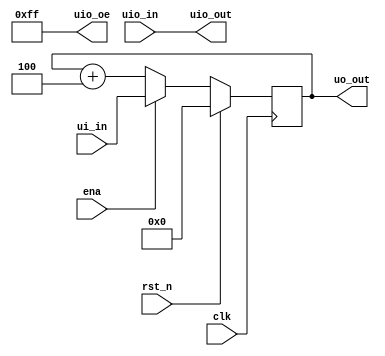
module tt_um_ProgramCounter(

	input  wire [7:0] ui_in,    // Dedicated inputs - connected to the input switches
   	output wire [7:0] uo_out,   // Dedicated outputs - connected to the 7 segment display
    	input  wire [7:0] uio_in,   // IOs: Bidirectional Input path
    	output wire [7:0] uio_out,  // IOs: Bidirectional Output path
    	output wire [7:0] uio_oe,   // IOs: Bidirectional Enable path (active high: 0=input, 1=output)
    	input  wire       ena,      // will go high when the design is enabled
    	input  wire       clk,      // clock
	input  wire       rst_n );     // reset_n - low to reset

	assign uio_oe = 8'b11111111;
	assign uio_out = uio_in;

	reg  [7:0] PC;
	
	initial begin
		PC = 8'h00;
	end

	always @(posedge clk)
    	begin
		if (rst_n)
    		begin
    			PC <= 8'h00;
    		end
    		else
    		begin
			if (ena == 1) begin
				PC <= ui_in;
			end
			else
			begin
				PC <= PC + 4;
			end
		end
	end

	assign uo_out = PC;
	
endmodule